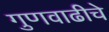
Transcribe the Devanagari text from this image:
गुणवाढीचे